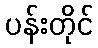
ပန်းတိုင်